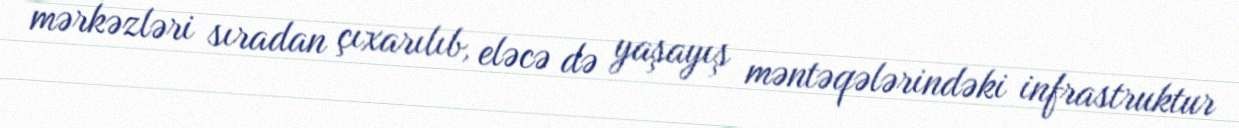
mərkəzləri sıradan çıxarılıb, eləcə də yaşayış məntəqələrindəki infrastruktur